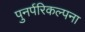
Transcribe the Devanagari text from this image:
पुनर्परिकल्पना